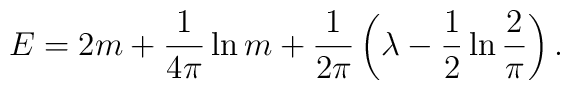
E  =  2m + \frac{1}{4\pi} \ln m  + \frac{1}{2\pi} \left(\lambda -\frac{1}{2} \ln\frac{2}{\pi} \right).